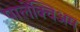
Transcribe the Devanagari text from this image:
पालेंक्विअम